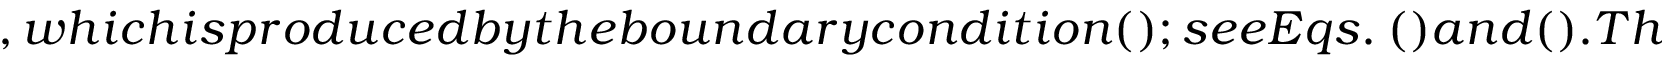
, w h i c h i s p r o d u c e d b y t h e b o u n d a r y c o n d i t i o n ( ) ; s e e E q s . ~ ( ) a n d ( ) . T h e t e r m s